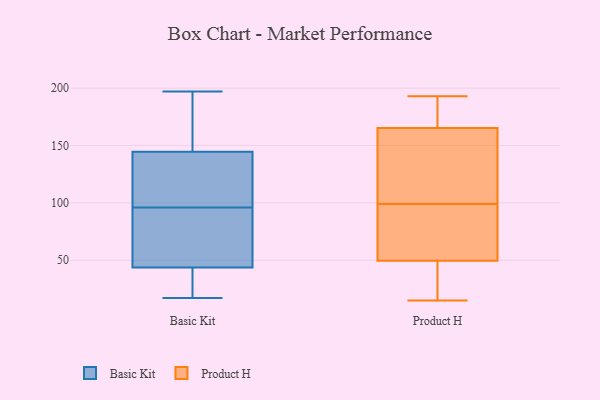
{"axis": {"x": "Inventory Turnover", "y": "Value"}, "legend": ["Basic Kit", "Product H"], "data": [{"x": "", "y": 96, "type": "Basic Kit"}, {"x": "", "y": 170, "type": "Basic Kit"}, {"x": "", "y": 131, "type": "Basic Kit"}, {"x": "", "y": 35, "type": "Basic Kit"}, {"x": "", "y": 60, "type": "Basic Kit"}, {"x": "", "y": 155, "type": "Basic Kit"}, {"x": "", "y": 141, "type": "Basic Kit"}, {"x": "", "y": 109, "type": "Basic Kit"}, {"x": "", "y": 44, "type": "Basic Kit"}, {"x": "", "y": 112, "type": "Basic Kit"}, {"x": "", "y": 187, "type": "Basic Kit"}, {"x": "", "y": 17, "type": "Basic Kit"}, {"x": "", "y": 70, "type": "Basic Kit"}, {"x": "", "y": 197, "type": "Basic Kit"}, {"x": "", "y": 40, "type": "Basic Kit"}, {"x": "", "y": 49, "type": "Basic Kit"}, {"x": "", "y": 43, "type": "Basic Kit"}, {"x": "", "y": 17, "type": "Product H"}, {"x": "", "y": 47, "type": "Product H"}, {"x": "", "y": 57, "type": "Product H"}, {"x": "", "y": 163, "type": "Product H"}, {"x": "", "y": 132, "type": "Product H"}, {"x": "", "y": 99, "type": "Product H"}, {"x": "", "y": 184, "type": "Product H"}, {"x": "", "y": 157, "type": "Product H"}, {"x": "", "y": 193, "type": "Product H"}, {"x": "", "y": 144, "type": "Product H"}, {"x": "", "y": 188, "type": "Product H"}, {"x": "", "y": 89, "type": "Product H"}, {"x": "", "y": 25, "type": "Product H"}, {"x": "", "y": 57, "type": "Product H"}, {"x": "", "y": 15, "type": "Product H"}, {"x": "", "y": 179, "type": "Product H"}, {"x": "", "y": 166, "type": "Product H"}, {"x": "", "y": 73, "type": "Product H"}, {"x": "", "y": 34, "type": "Product H"}]}